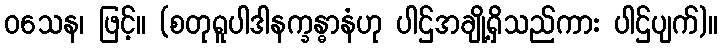
ဝသေန၊ ဖြင့်။ (စတုရူပါဒါနက္ခန္ဓာနံဟု ပါဌ်အချို့ရှိသည်ကား ပါဌ်ပျက်)။